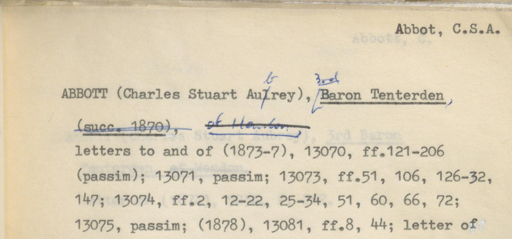
Label: content